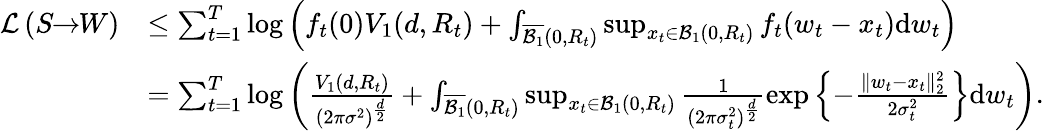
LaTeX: \begin{array}{rl}{\mathcal{L}\left(S\! \! \to\! \! W\right)}&{\leq\sum_{t=1}^{T}\log\left(f_{t}(0)V_{1}(d,R_{t})+\int_{\overline{{\mathcal{B}_{1}}}(0,R_{t})}\operatorname*{sup}_{x_{t}\in\mathcal{B}_{1}(0,R_{t})}f_{t}(w_{t}-x_{t})\mathrm{d}w_{t}\right)}\\ &{=\sum_{t=1}^{T}\log\left(\frac{V_{1}(d,R_{t})}{(2\pi\sigma^{2})^{\frac{d}{2}}}+\int_{\overline{{\mathcal{B}_{1}}}(0,R_{t})}\operatorname*{sup}_{x_{t}\in\mathcal{B}_{1}(0,R_{t})}\frac{1}{(2\pi\sigma_{t}^{2})^{\frac{d}{2}}}\exp\left\lbrace-\frac{\| w_{t}-x_{t}\| _{2}^{2}}{2\sigma_{t}^{2}}\right\rbrace\mathrm{d}w_{t}\right).}\end{array}